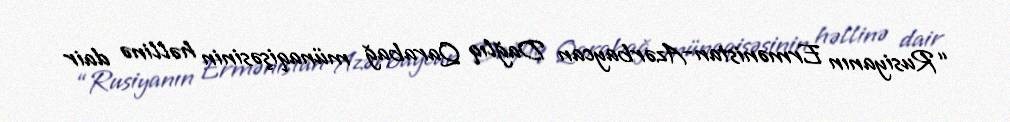
“Rusiyanın Ermənistan-Azərbaycan Dağlıq Qarabağ münaqişəsinin həllinə dair